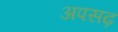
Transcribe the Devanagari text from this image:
अपसढ़